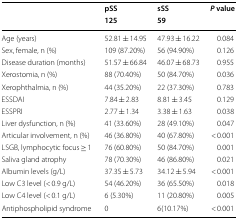
| <ROWSPAN=2>  | pSS | sSS | <ROWSPAN=2> P value |
 | 125 | 59 |
 | --- | --- | --- | --- |
 | Age (years) | 52.81 ± 14.95 | 47.93 ± 16.22 | 0.084 |
 | Sex, female, n (%) | 109 (87.20%) | 56 (94.90%) | 0.126 |
 | Disease duration (months) | 51.57 ± 66.84 | 46.07 ± 68.73 | 0.955 |
 | Xerostomia, n (%) | 88 (70.40%) | 50 (84.70%) | 0.036 |
 | Xerophthalmia, n (%) | 44 (35.20%) | 22 (37.30%) | 0.783 |
 | ESSDAI | 7.84 ± 2.83 | 8.81 ± 3.45 | 0.129 |
 | ESSPRI | 2.77 ± 1.34 | 3.38 ± 1.63 | 0.038 |
 | Liver dysfunction, n (%) | 41 (33.60%) | 28 (49.10%) | 0.047 |
 | Articular involvement, n (%) | 46 (36.80%) | 40 (67.80%) | < 0.001 |
 | LSGB, lymphocytic focus ≥ 1 | 76 (60.80%) | 50 (84.70%) | 0.001 |
 | Saliva gland atrophy | 78 (70.30%) | 46 (86.80%) | 0.021 |
 | Albumin levels (g/L) | 37.35 ± 5.73 | 34.12 ± 5.94 | < 0.001 |
 | Low C3 level (< 0.9 g/L) | 54 (46.20%) | 36 (65.50%) | 0.018 |
 | Low C4 level (< 0.1 g/L) | 6 (5.30%) | 11 (20.80%) | 0.005 |
 | Antiphospholipid syndrome | 0 | 6(10.17%) | < 0.001 |